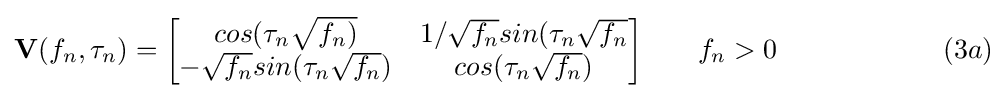
\mathbf {V} (f_{n},\tau _{n})={\begin{bmatrix}cos(\tau _{n}{\sqrt {f_{n})}}&1/{\sqrt {f_{n}}}sin(\tau _{n}{\sqrt {f_{n}}}\\-{\sqrt {f_{n}}}sin(\tau _{n}{\sqrt {f_{n}}})&cos(\tau _{n}{\sqrt {f_{n}}})\end{bmatrix}}\qquad f_{n}>0\qquad \qquad \qquad (3a)